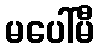
မပေါ်မီ